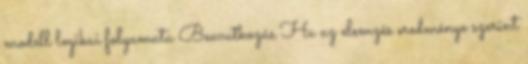
modell logikai folyamata Beavatkozás Ha az elemzés eredménye szerint